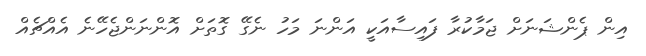
އިން ޕެންޝަނަށް ޖަމާކުރާ ފައިސާއަކީ އަންނަ މަހު ނެގޭ ގޮތަށް އޮންނަންޖެހޭނެ އެއްޗެއް